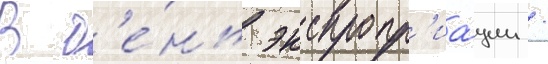
В д'е́нь экспропр'иа́ции /